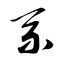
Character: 系